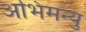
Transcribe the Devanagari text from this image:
अभिमन्‍यु